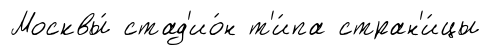
Москвы́ стад'ио́н т'и́па стран'и́цы